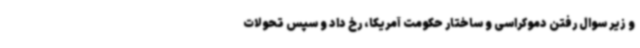
و زیر سوال رفتن دموکراسی و ساختار حکومت آمریکا، رخ داد و سپس تحولات